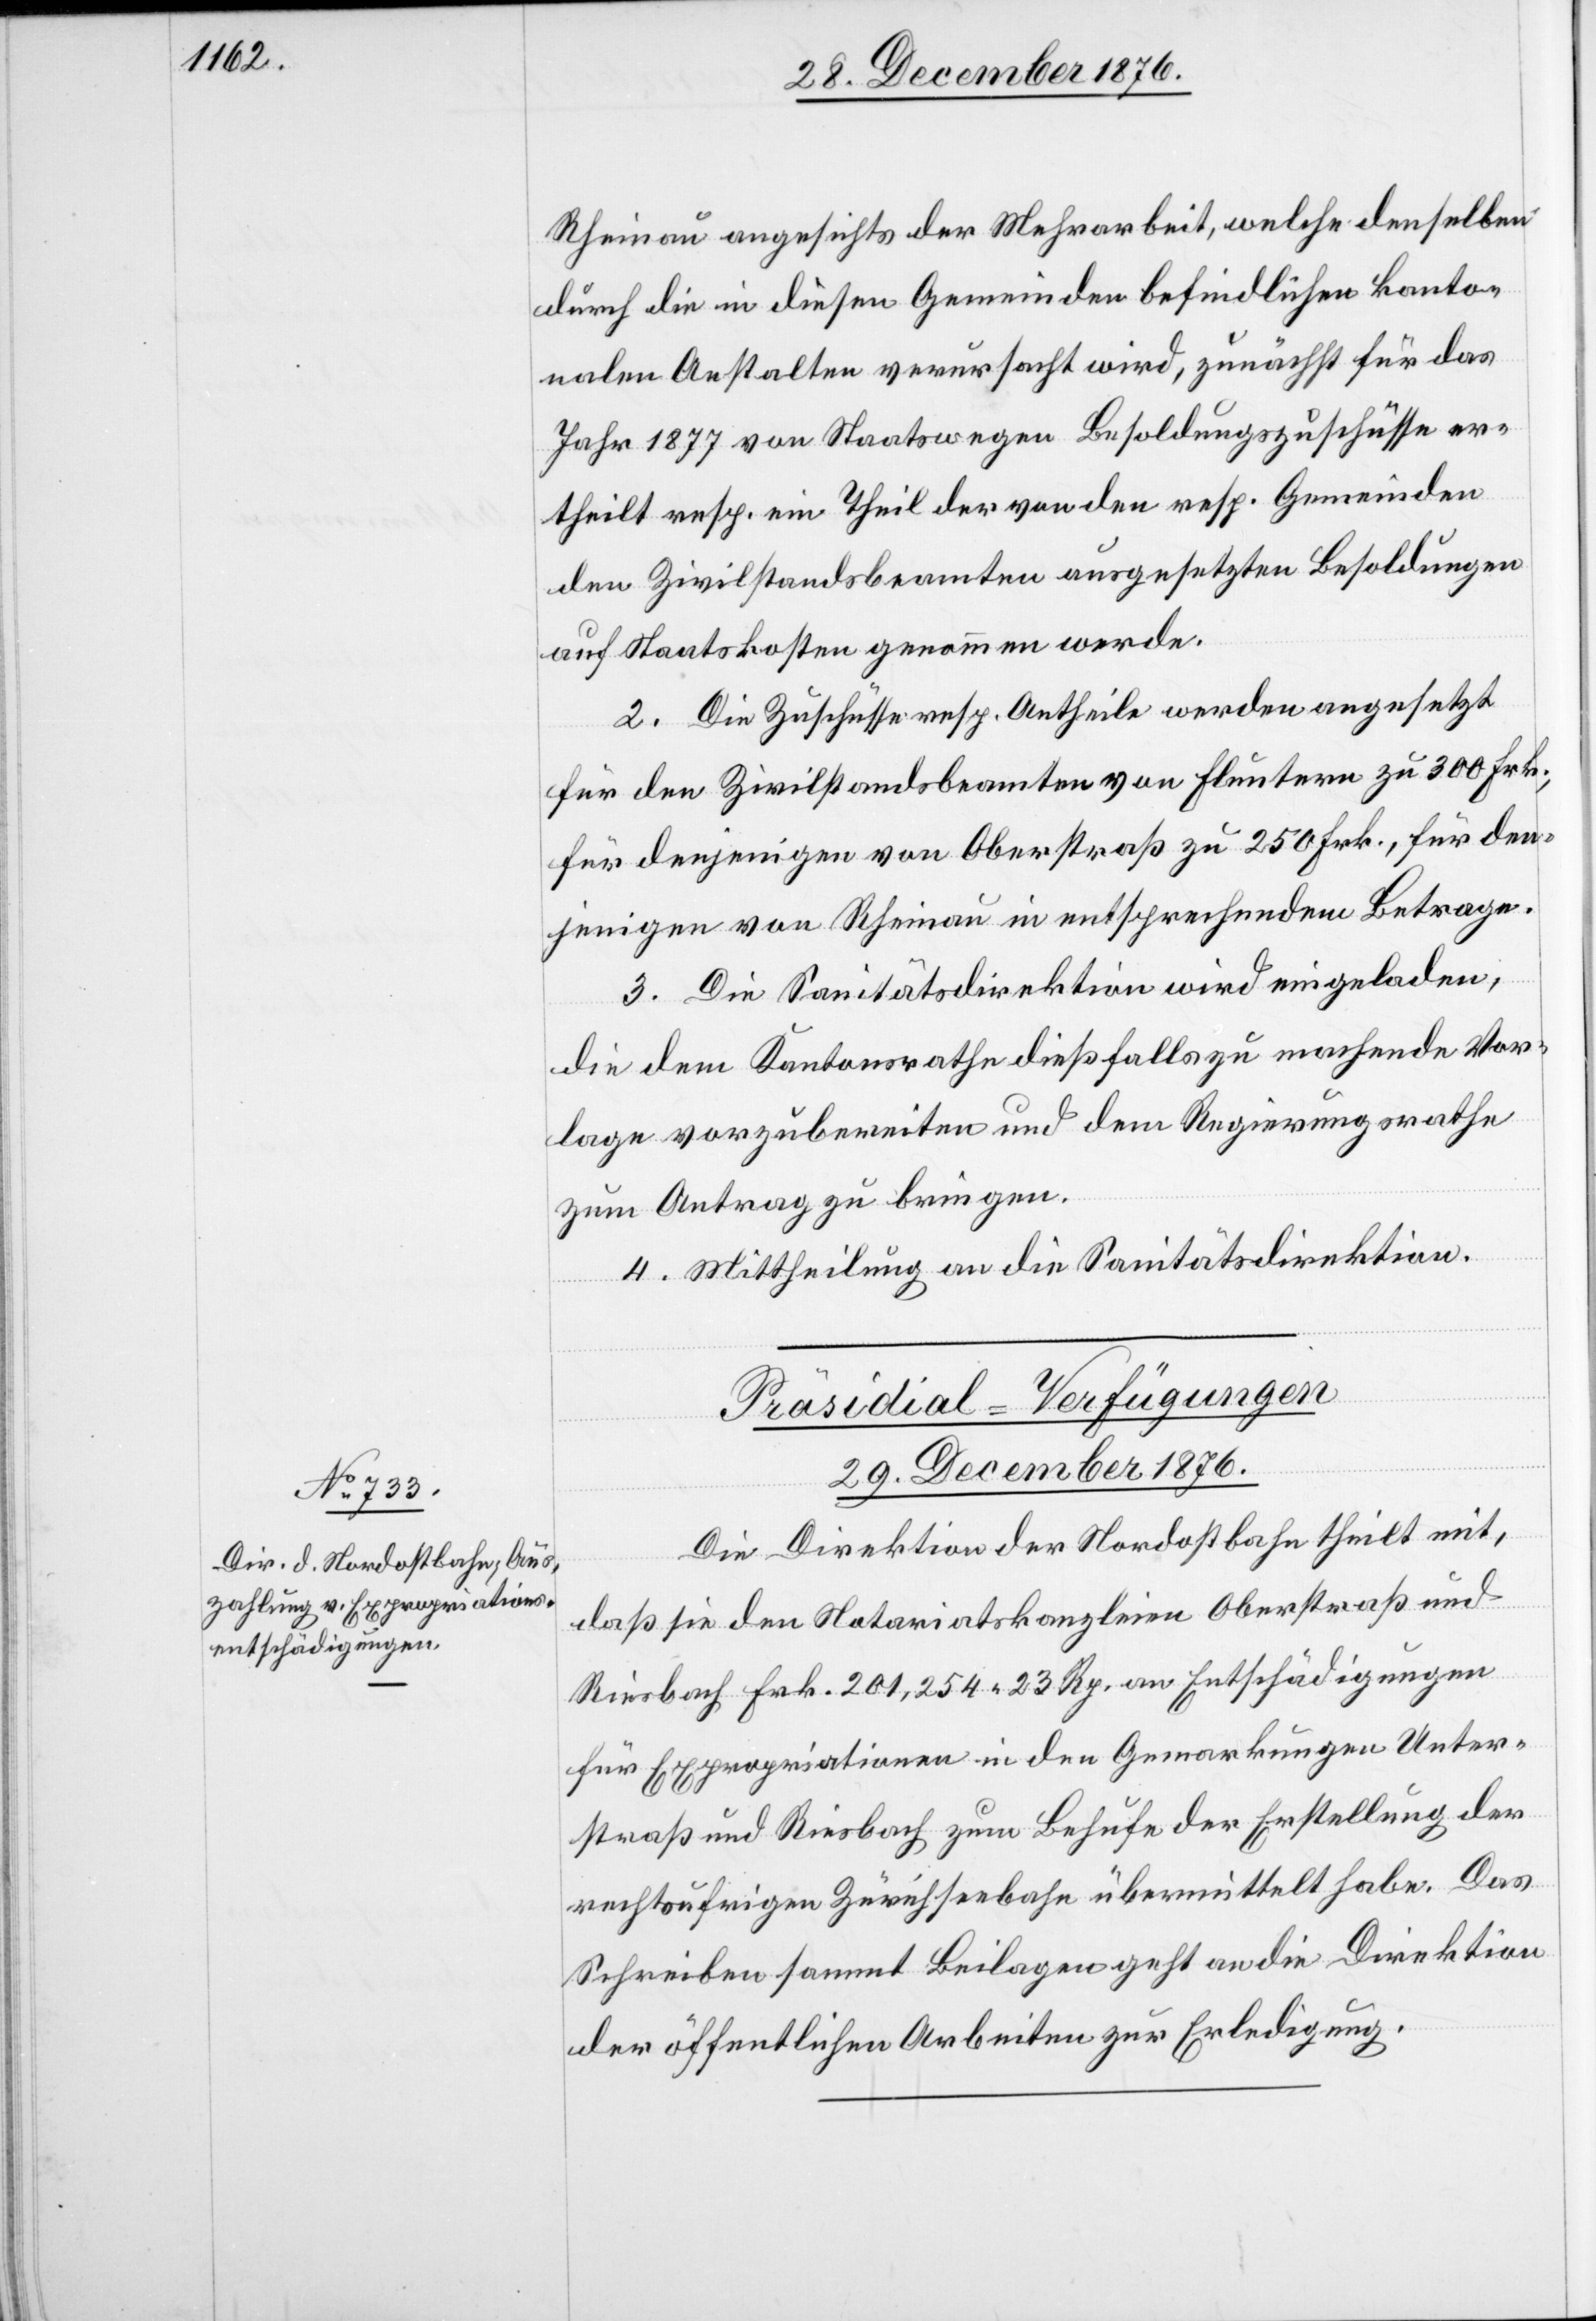
Rheinau angesichts der Mehrarbeit, welche denselben
durch die in diesen Gemeinden befindlichen kanto¬
nalen Anstalten verursacht wird, zunächst für das
Jahr 1877 von Staatswegen Besoldungszuschüsse er¬
theilt resp. ein Theil der von den resp. Gemeinden
den Zivilstandsbeamten ausgesetzten Besoldungen
auf Staatskosten genommen werde.
2. Die Zuschüsse resp. Antheile werden angesetzt
für den Zivilstandsbeamten von Fluntern zu 300 Frk.,
für denjenigen von Oberstraß zu 250 Frk., für den¬
jenigen von Rheinau in entsprechendem Betrage.
3. Die Sanitätsdirektion wird eingeladen,
die dem Kantonsrathe dießfalls zu machende Vor¬
lage vorzubereiten und dem Regierungsrathe
zum Antrag zu bringen.
4. Mittheilung an die Sanitätsdirektion.
Präsidial-Verfügungen
29. December 1876.
Die Direktion der Nordostbahn theilt mit,
daß sie den Notariatskanzleien Oberstraß und
Riesbach Frk. 201,254 23 Rp. an Entschädigungen
für Expropriationen in den Gemarkungen Unter¬
straß und Riesbach zum Behufe der Erstellung der
rechtsufrigen Zürichseebahn übermittelt habe. Das
Schreiben sammt Beilagen geht an die Direktion
der öffentlichen Arbeiten zur Erledigung.